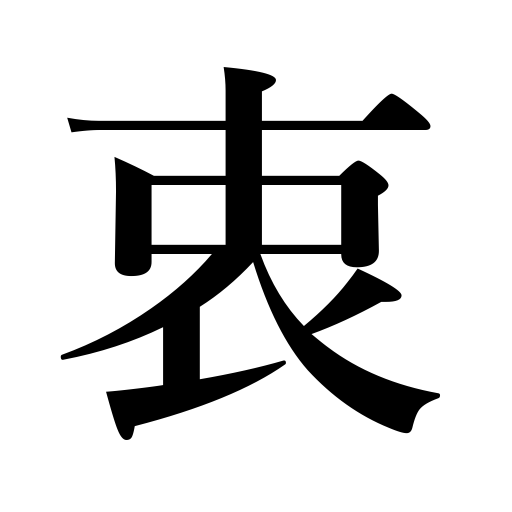
Meanings: heart,inside,mind